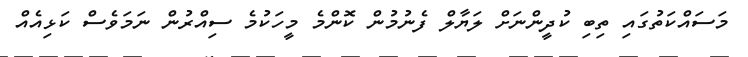
މަސައްކަތުގައި ތިބި ކުދީންނަށް ލަޔާލް ފެނުމުން ކޮންމެ މީހަކުމެ ސިއްރުން ނަމަވެސް ކަޅިއެއް